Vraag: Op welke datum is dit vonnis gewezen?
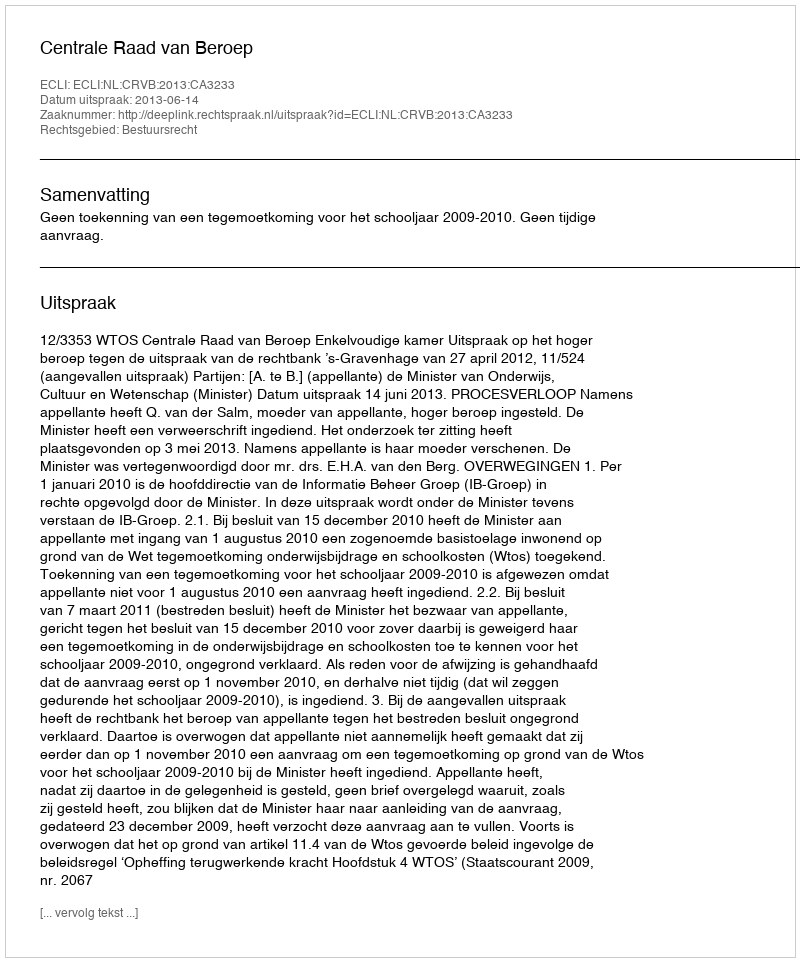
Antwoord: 2013-06-14